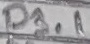
Text: P3.1